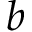
b